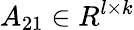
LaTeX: A_{21}\in R^{l\times k}